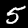
Label: 5